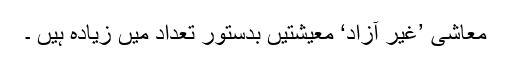
معاشی ’غیر آزاد‘ معیشتیں بدستور تعداد میں زیادہ ہیں ۔